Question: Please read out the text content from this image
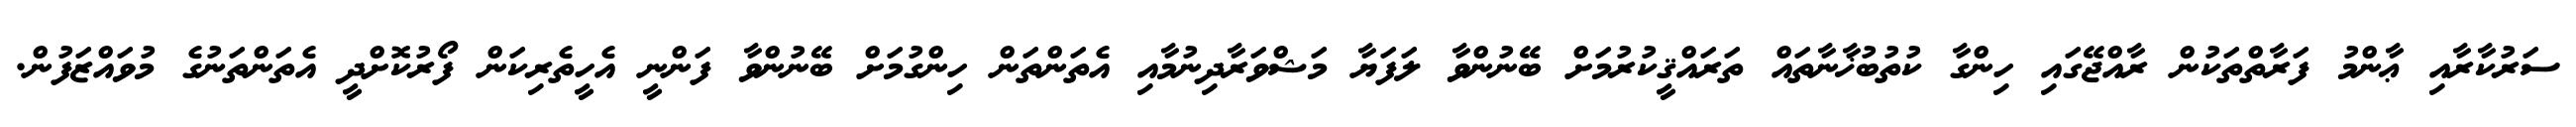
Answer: ސަރުކާރާއި ޢާންމު ފަރާތްތަކުން ރާއްޖޭގައި ހިންގާ ކުތުބުޚާނާތައް ތަރައްޤީކުރުމަށް ބޭނުންވާ ލަފަޔާ މަޝްވަރާދިނުމާއި އެތަންތަން ހިންގުމަށް ބޭނުންވާ ފަންނީ އެހީތެރިކަން ފޯރުކޮށްދީ އެތަންތަނުގެ މުވައްޒަފުން.